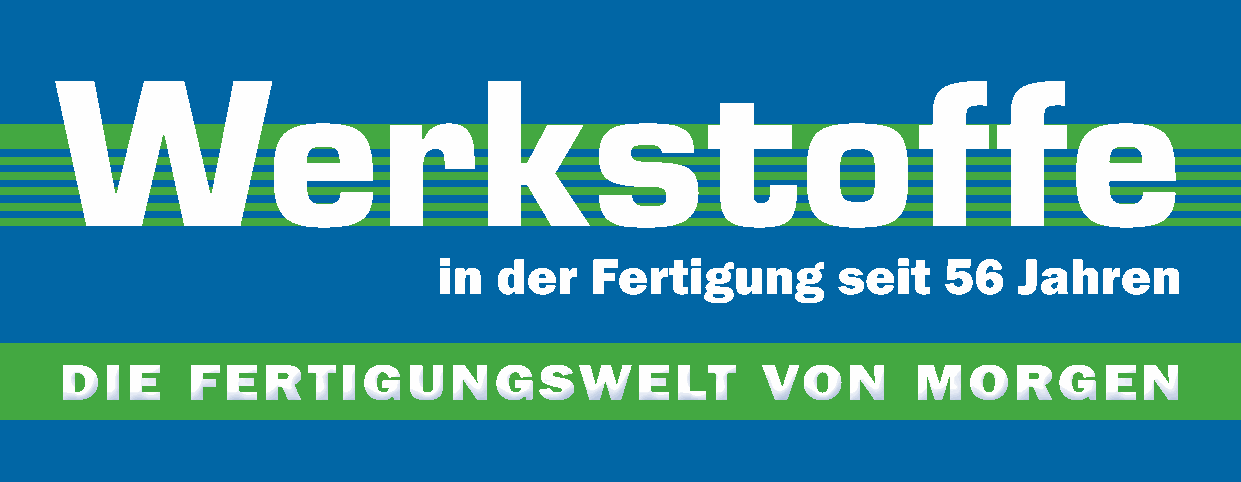
Werkstoffe
 in  der   Fertigung       seit   56   Jahren
 DDDIIIEEE FFFEEERRRTTTIIIGGGUUUNNNGGGSSSWWWEEELLLTTT VVVOOONNN MMMOOORRRGGGEEENNN